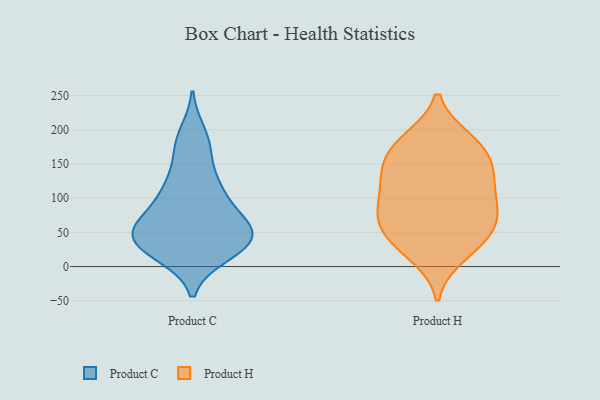
{"axis": {"x": "Active Users", "y": "Value"}, "legend": ["Product C", "Product H"], "data": [{"x": "", "y": 50, "type": "Product C"}, {"x": "", "y": 31, "type": "Product C"}, {"x": "", "y": 111, "type": "Product C"}, {"x": "", "y": 39, "type": "Product C"}, {"x": "", "y": 193, "type": "Product C"}, {"x": "", "y": 33, "type": "Product C"}, {"x": "", "y": 61, "type": "Product C"}, {"x": "", "y": 118, "type": "Product C"}, {"x": "", "y": 27, "type": "Product C"}, {"x": "", "y": 68, "type": "Product C"}, {"x": "", "y": 105, "type": "Product C"}, {"x": "", "y": 174, "type": "Product C"}, {"x": "", "y": 175, "type": "Product C"}, {"x": "", "y": 51, "type": "Product C"}, {"x": "", "y": 23, "type": "Product C"}, {"x": "", "y": 74, "type": "Product C"}, {"x": "", "y": 55, "type": "Product C"}, {"x": "", "y": 19, "type": "Product C"}, {"x": "", "y": 47, "type": "Product C"}, {"x": "", "y": 122, "type": "Product C"}, {"x": "", "y": 105, "type": "Product H"}, {"x": "", "y": 56, "type": "Product H"}, {"x": "", "y": 133, "type": "Product H"}, {"x": "", "y": 16, "type": "Product H"}, {"x": "", "y": 130, "type": "Product H"}, {"x": "", "y": 65, "type": "Product H"}, {"x": "", "y": 181, "type": "Product H"}, {"x": "", "y": 27, "type": "Product H"}, {"x": "", "y": 182, "type": "Product H"}, {"x": "", "y": 133, "type": "Product H"}, {"x": "", "y": 83, "type": "Product H"}, {"x": "", "y": 186, "type": "Product H"}, {"x": "", "y": 91, "type": "Product H"}, {"x": "", "y": 160, "type": "Product H"}, {"x": "", "y": 56, "type": "Product H"}, {"x": "", "y": 151, "type": "Product H"}, {"x": "", "y": 83, "type": "Product H"}, {"x": "", "y": 38, "type": "Product H"}]}